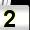
Digit: 2